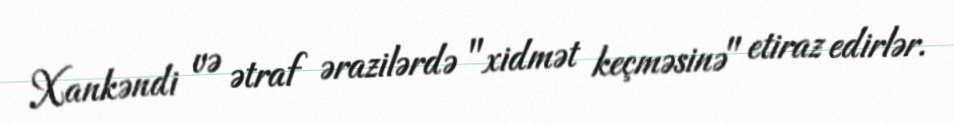
Xankəndi və ətraf ərazilərdə "xidmət keçməsinə" etiraz edirlər.